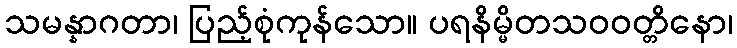
သမန္နာဂတာ၊ ပြည့်စုံကုန်သော။ ပရနိမ္မိတသဝဝတ္တိနော၊